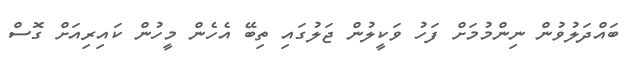
ބައްދަލުވުން ނިންމުމަށް ފަހު ވަކީލުން ޖަލުގައި ތިބޭ އެހެން މީހުން ކައިރިއަށް ގޮސް